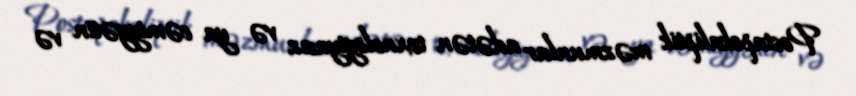
Postapokaliptik məzmunlar adətən texnologiyasız və ya cəmiyyətin və